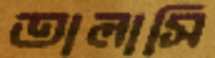
তালাসি